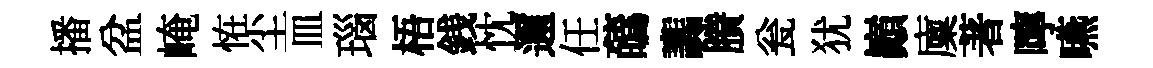
播盆崦恠尘皿瑙梧銭忱邇任蘤讟賸瓮犹巔廩著嚀嚥